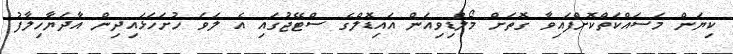
ކިޔަން މަސައްކަތްކޮށްފައިވާ ގޮތަށް މޯލްޑިވިއަން އައިޑޮލްގެ ސްޓޭޖުގައި އެ ލަވަ ހުށަހަޅައިދިން އާދަޔާހިލާފު